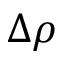
\Delta \rho